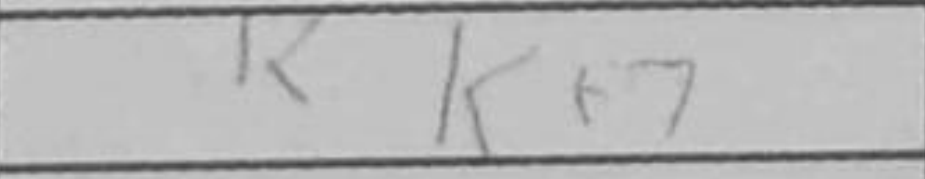
Transcription: Kf7